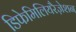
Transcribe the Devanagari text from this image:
डिफेमिलियरैज़ेशन